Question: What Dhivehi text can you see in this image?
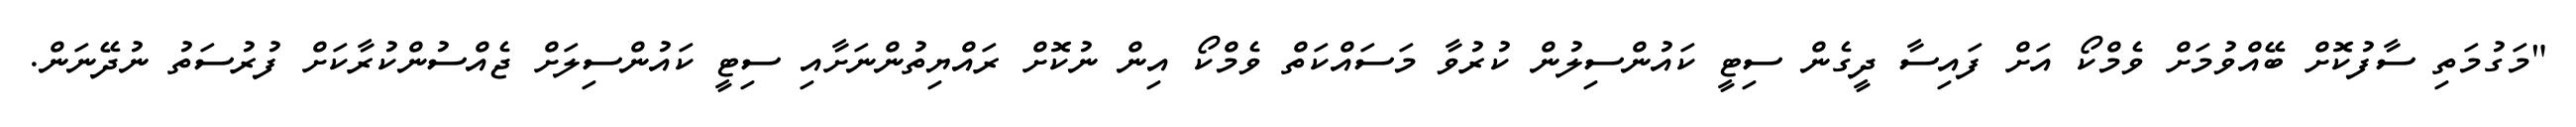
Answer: "މަގުމަތި ސާފުކޮށް ބޭއްވުމަށް ވެމްކޯ އަށް ފައިސާ ދީގެން ސިޓީ ކައުންސިލުން ކުރުވާ މަސައްކަތް ވެމްކޯ އިން ނުކޮށް ރައްޔިތުންނަށާއި ސިޓީ ކައުންސިލަށް ޖެއްސުންކުރާކަށް ފުރުސަތު ނުދޭނަން.